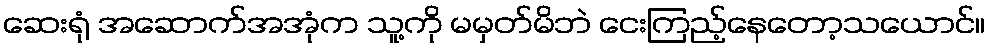
ဆေးရုံ အဆောက်အအုံက သူ့ကို မမှတ်မိဘဲ ငေးကြည့်နေတော့သယောင်။